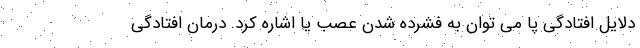
دلایل افتادگی پا می توان به فشرده شدن عصب یا اشاره کرد. درمان افتادگی